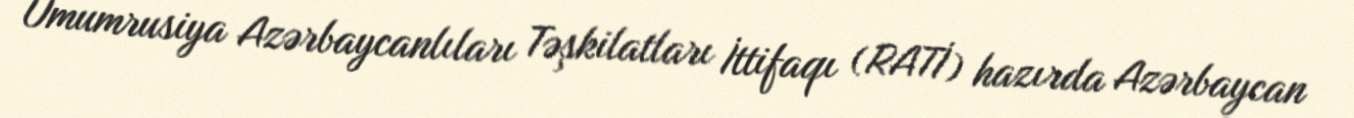
Ümumrusiya Azərbaycanlıları Təşkilatları İttifaqı (RATİ) hazırda Azərbaycan